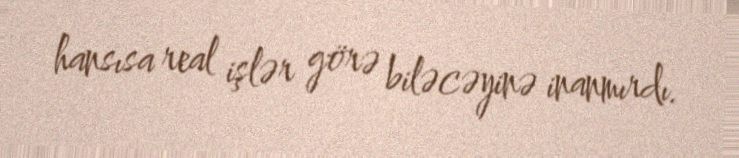
hansısa real işlər görə biləcəyinə inanmırdı.